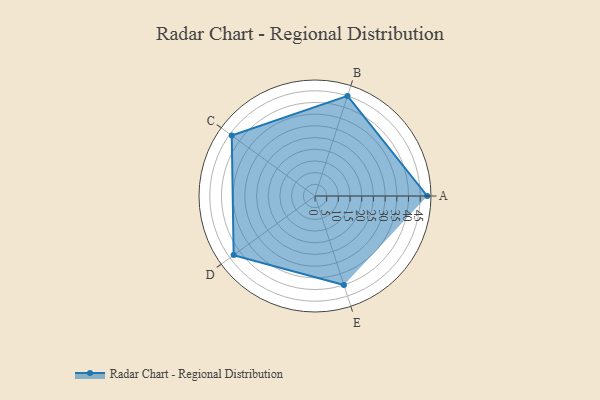
{"axis": {"x": "Skill", "y": "Score"}, "legend": ["Profile"], "data": [{"x": "A", "y": 48.0, "type": "Profile"}, {"x": "B", "y": 45.0, "type": "Profile"}, {"x": "C", "y": 44.0, "type": "Profile"}, {"x": "D", "y": 43.0, "type": "Profile"}, {"x": "E", "y": 40.0, "type": "Profile"}]}